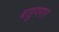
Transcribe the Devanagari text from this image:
बाहुपगार